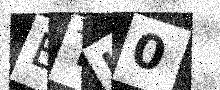
Text: ETK0